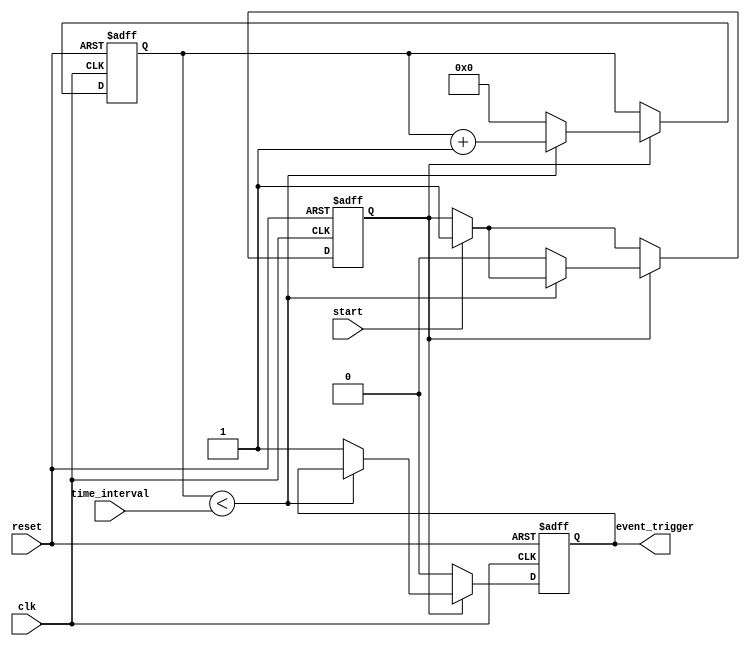
module timer_event_control (
    input wire clk,                // Clock signal
    input wire reset,              // Asynchronous reset signal
    input wire [31:0] time_interval,// Time interval in clock cycles
    input wire start,              // Control signal to start the timer
    output reg event_trigger        // Event trigger output
);

    reg [31:0] counter;            // Internal counter for timing
    reg counting;                  // State to indicate if counting is active

    // Asynchronous reset and timer operation
    always @(posedge clk or posedge reset) begin
        if (reset) begin
            counter <= 32'b0;      // Reset counter to zero
            event_trigger <= 1'b0; // Hold event trigger low
            counting <= 1'b0;      // Reset counting state
        end else begin
            if (start) begin
                counting <= 1'b1;   // Start counting
            end
            
            if (counting) begin
                if (counter < time_interval) begin
                    counter <= counter + 1; // Increment counter
                end else begin
                    event_trigger <= 1'b1; // Trigger event
                    counter <= 32'b0;      // Reset counter
                    counting <= 1'b0;      // Stop counting
                end
            end else begin
                event_trigger <= 1'b0; // Hold event trigger low if not counting
            end
        end
    end

endmodule